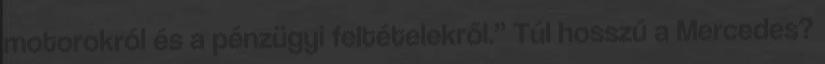
motorokról és a pénzügyi feltételekről.” Túl hosszú a Mercedes?